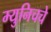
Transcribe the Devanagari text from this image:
म्युनिचचे